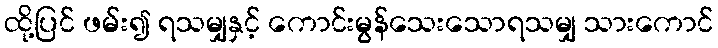
ထို့ပြင် ဖမ်း၍ ရသမျှနှင့် ကောင်းမွန်သေးသောရသမျှ သားကောင်